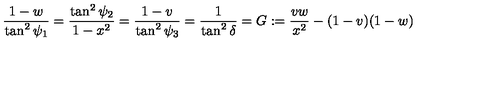
{ \frac { 1 - w } { \tan ^ { 2 } \psi _ { 1 } } } = { \frac { \tan ^ { 2 } \psi _ { 2 } } { 1 - x ^ { 2 } } } = { \frac { 1 - v } { \tan ^ { 2 } \psi _ { 3 } } } = { \frac { 1 } { \tan ^ { 2 } \delta } } = G : = { \frac { v w } { x ^ { 2 } } } - ( 1 - v ) ( 1 - w )